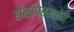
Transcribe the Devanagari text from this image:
होळीप्रमाणे